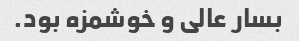
بسار عالی و خوشمزه بود.